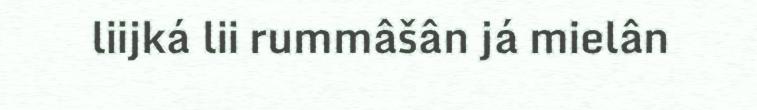
liijká lii rummâšân já mielân